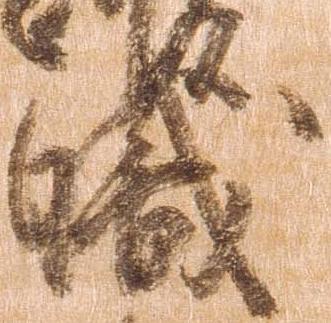
職